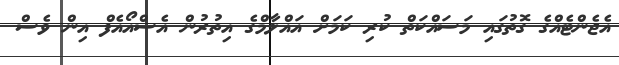
އެޖެންޓެއްގެ ގޮތުގައި މަސައްކަތް ކުރި ކަމަށް އައްލާމްގެ އިތުރުން އެސްއޯއެފް އިން ވެސް